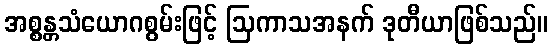
အစ္စန္တသံယောဂစွမ်းဖြင့် ဩကာသအနက် ဒုတီယာဖြစ်သည်။